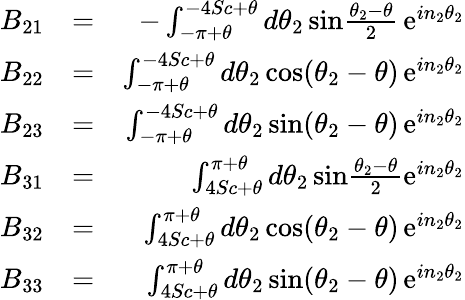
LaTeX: \begin{array}{rlr}{B_{21}}&{=}&{-\int_{-\pi+\theta}^{-4Sc+\theta}d\theta_{2}\, \mathrm{sin}{\frac{\theta_{2}-\theta}{2}}\, \mathrm{e}^{in_{2}\theta_{2}}}\\ {B_{22}}&{=}&{\int_{-\pi+\theta}^{-4Sc+\theta}d\theta_{2}\, \mathrm{cos}(\theta_{2}-\theta)\, \mathrm{e}^{in_{2}\theta_{2}}}\\ {B_{23}}&{=}&{\int_{-\pi+\theta}^{-4Sc+\theta}d\theta_{2}\, \mathrm{sin}(\theta_{2}-\theta)\, \mathrm{e}^{in_{2}\theta_{2}}}\\ {B_{31}}&{=}&{\int_{4Sc+\theta}^{\pi+\theta}d\theta_{2}\, \mathrm{sin}{\frac{\theta_{2}-\theta}{2}}\mathrm{e}^{in_{2}\theta_{2}}}\\ {B_{32}}&{=}&{\int_{4Sc+\theta}^{\pi+\theta}d\theta_{2}\, \mathrm{cos}(\theta_{2}-\theta)\, \mathrm{e}^{in_{2}\theta_{2}}}\\ {B_{33}}&{=}&{\int_{4Sc+\theta}^{\pi+\theta}d\theta_{2}\, \mathrm{sin}(\theta_{2}-\theta)\, \mathrm{e}^{in_{2}\theta_{2}}}\end{array}